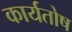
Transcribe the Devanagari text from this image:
कार्यतोष